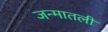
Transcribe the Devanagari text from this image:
जन्मातली